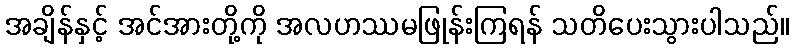
အချိန်နှင့် အင်အားတို့ကို အလဟဿမဖြုန်းကြရန် သတိပေးသွားပါသည်။